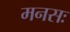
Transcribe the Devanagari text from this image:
मनसः